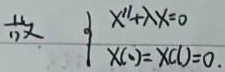
\[\begin{cases}X''+\lambda X = 0\\X(0)=X(l)=0\end{cases}\]